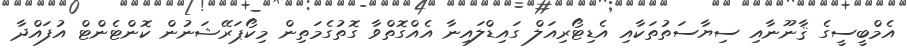
އެމްބީސީގެ ޤާނޫނާއި ސިޔާސަތުތަކާއި އެޑިޓޯރިއަލް ގައިޑްލައިނާ އެއްގޮތްވާ ގޮތުގެމަތިން މިކޯޕަރޭޝަނުން ކޮންޓެންޓް އުފައްދާ